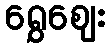
ရွှေဈေး